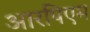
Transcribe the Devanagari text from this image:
आरपिएम